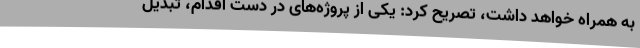
به همراه خواهد داشت، تصریح کرد: یکی از پروژه‌های در دست اقدام، تبدیل